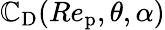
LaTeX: \mathbb{C}_{\textup{{D}}}(Re_{\textup{{p}}},\theta,\alpha)